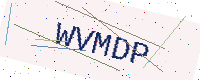
Text: WVMDP